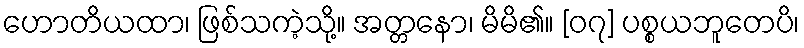
ဟောတိယထာ၊ ဖြစ်သကဲ့သို့။ အတ္တနော၊ မိမိ၏။ [၀၇] ပစ္စယဘူတေပိ၊